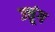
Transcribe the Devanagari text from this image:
उत्तूंग